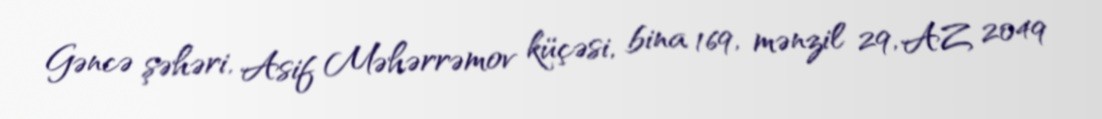
Gəncə şəhəri, Asif Məhərrəmov küçəsi, bina 169, mənzil 29, AZ 2049